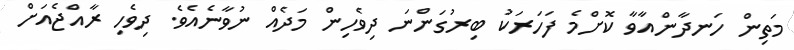
މަތިން ހަނދާންއާވާ ކޮށްމެ ފަހަރަކު ބިރުގަންނަ ދިވެހިން މަދެއް ނުވާނެއެވެ. ދިވެހި ރާއްޖެއަށް